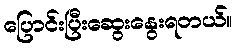
ပြောင်းပြီးဆွေးနွေးရတယ်။